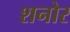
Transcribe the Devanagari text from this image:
शनोर